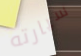
سيارته